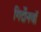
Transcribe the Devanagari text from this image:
गिर्दोनवाॅ